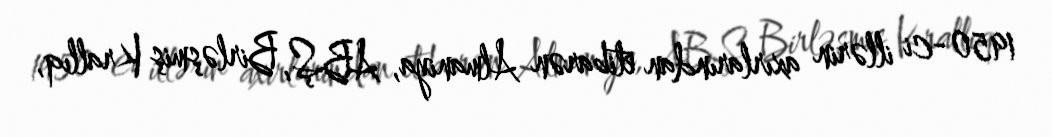
1950-ci illərin axırlarından etibarən Almaniya, ABŞ, Birləşmiş Krallıq,